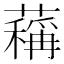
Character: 䕝